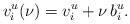
LaTeX: \begin{align*}v_i^u(\nu) = v_i^u + \nu \,b_i^u.\end{align*}